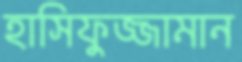
হাসিফুজ্জামান